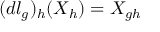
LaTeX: ( d l _ { g } ) _ { h } ( X _ { h } ) = X _ { g h }